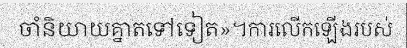
ចាំនិយាយគ្នាតទៅទៀត»។ការលើកឡើងរបស់